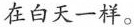
在白天一样。